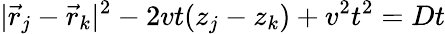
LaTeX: |\vec{r}_{j}-\vec{r}_{k}|^{2}-2vt(z_{j}-z_{k})+v^{2}t^{2}=Dt